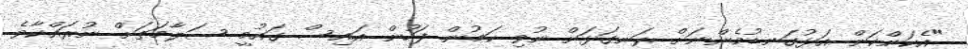
"އެކަންކަން އަޅުގަނޑުމެންނަށް ރަނގަޅަށް ނުވި ކަމުން ފަހުން އައިސް ގައުމީ ސަލާމަތަށް ނުރައްކާވެ